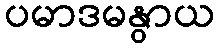
ပမာဒမနွာယ